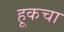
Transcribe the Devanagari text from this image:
हूकचा